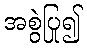
အစွဲပြု၍